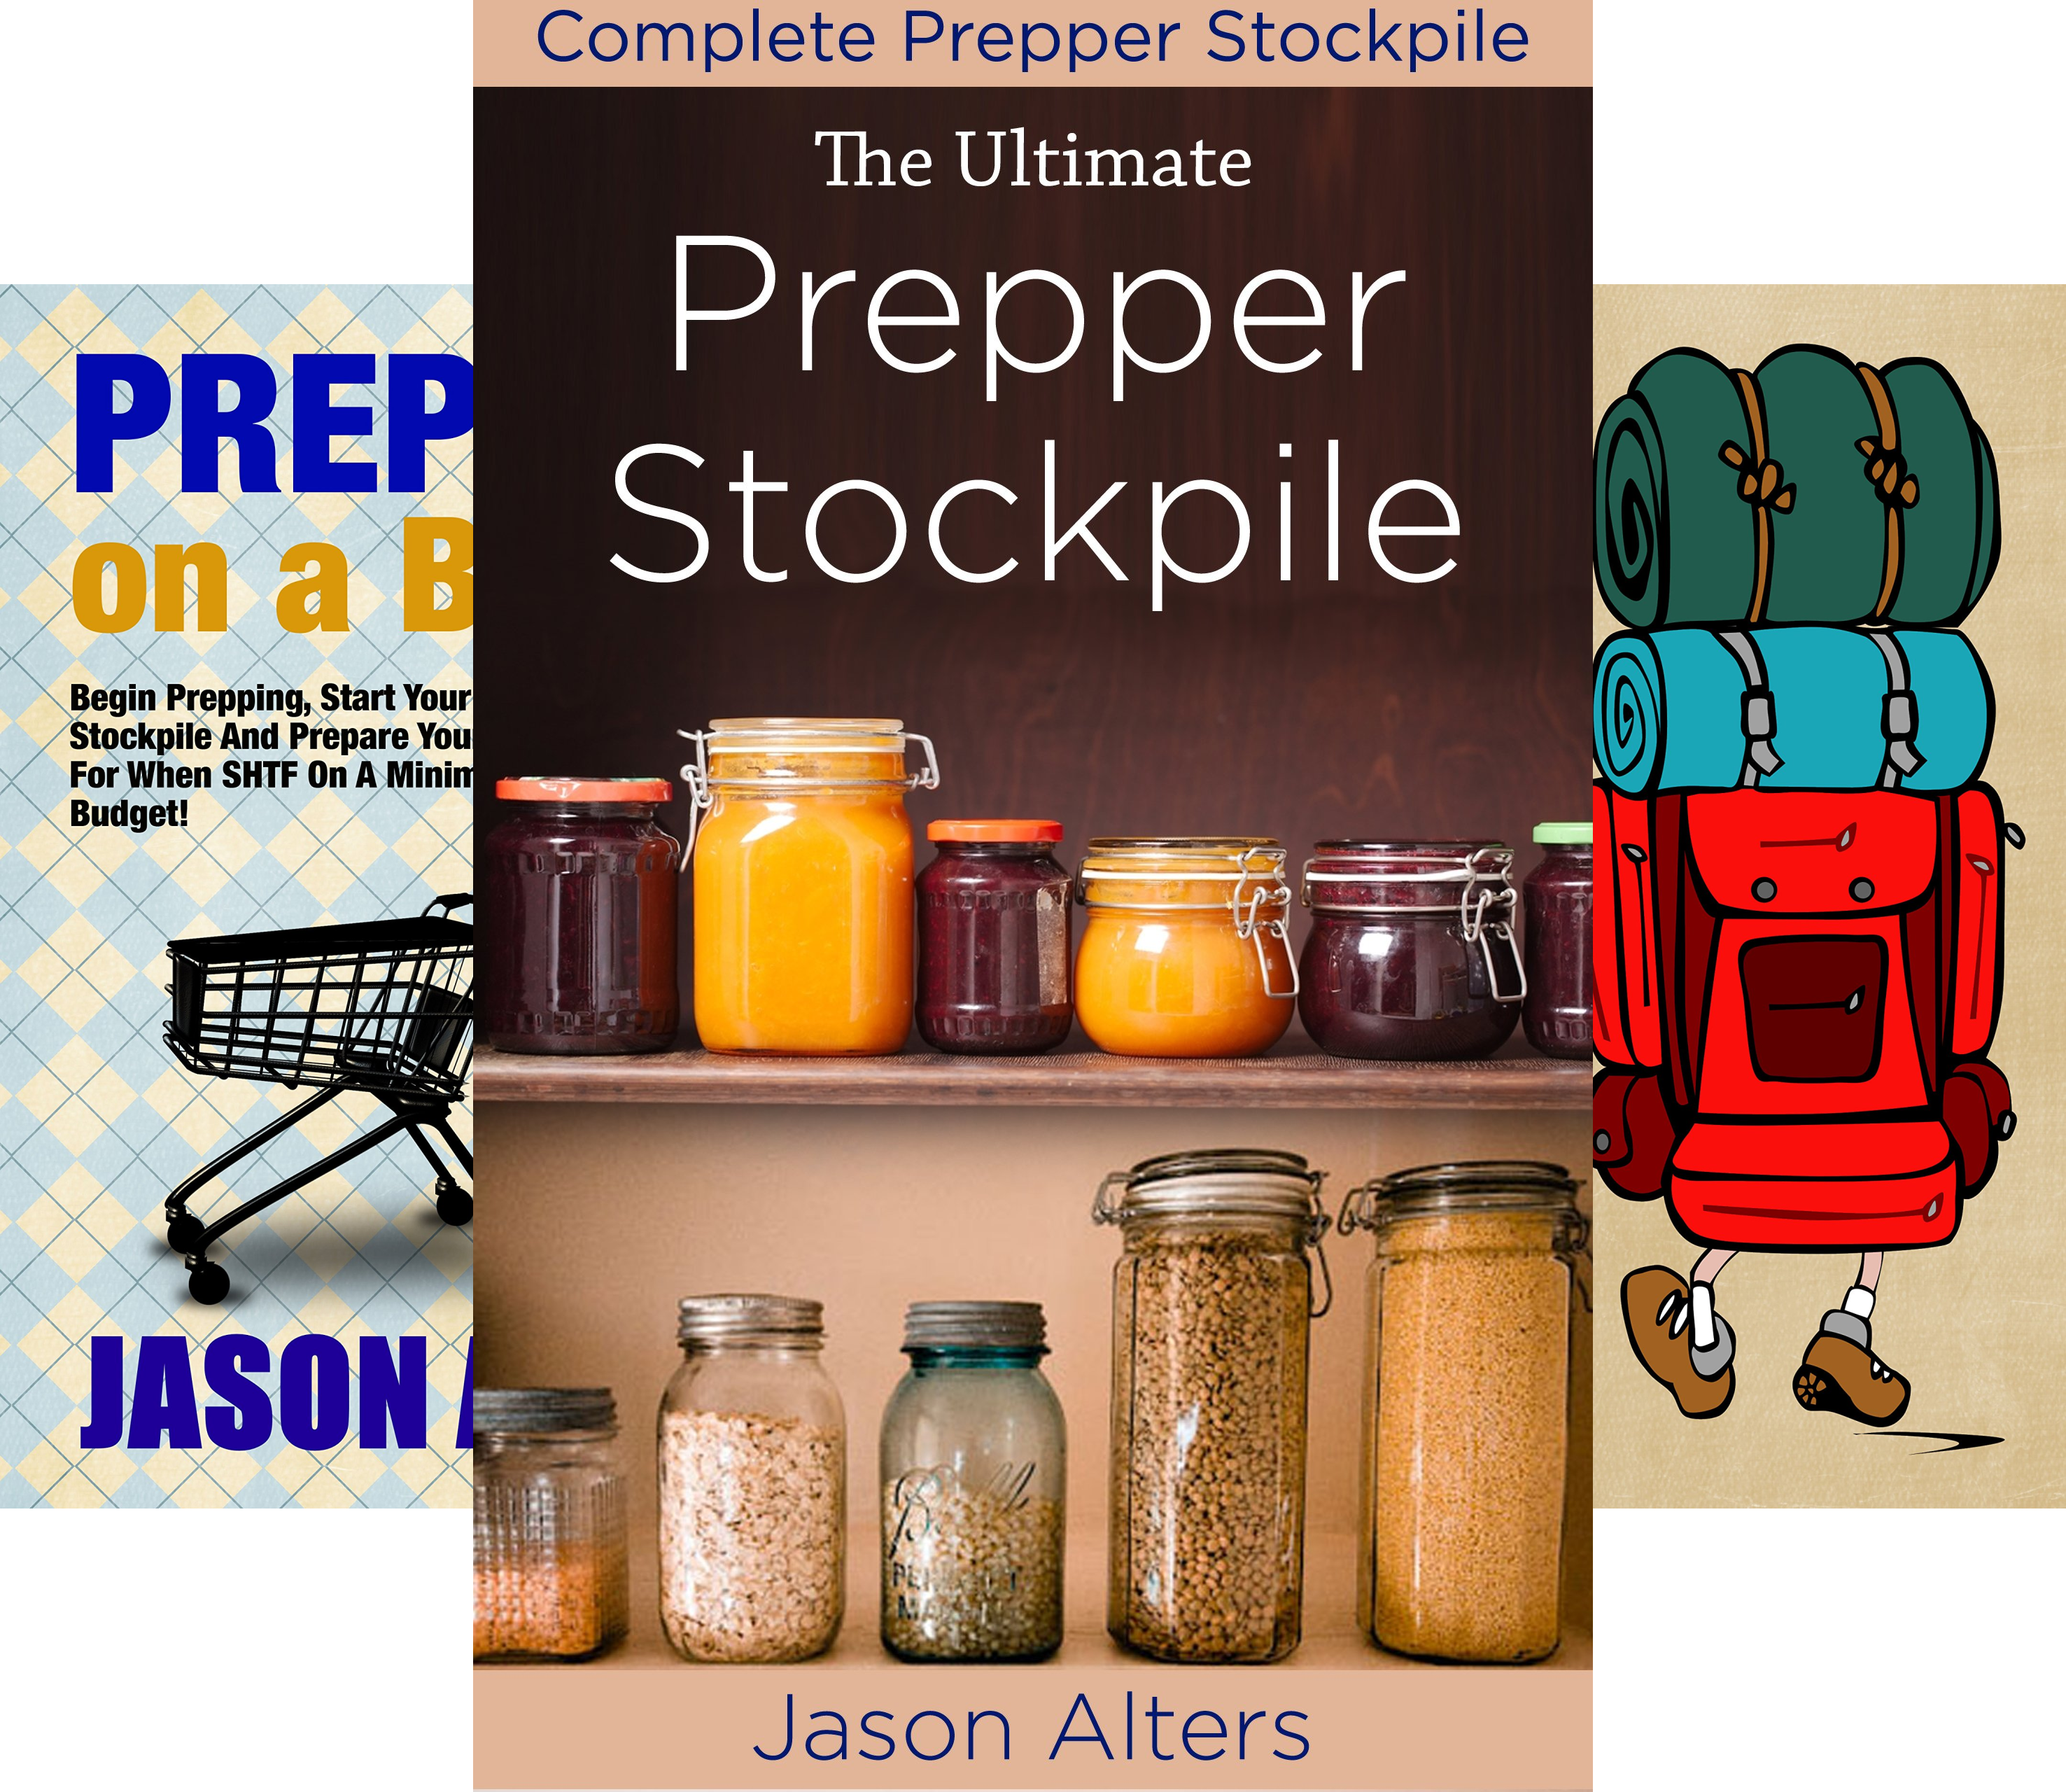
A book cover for Prepper Essentials (4 Book Series); Jason Alters; Crafts, Hobbies & Home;